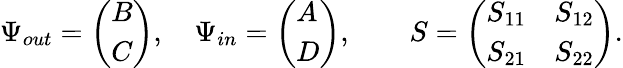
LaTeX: \Psi_{out}={\left(\begin{array}{l}{B}\\ {C}\end{array}\right)},\quad\Psi_{in}={\left(\begin{array}{l}{A}\\ {D}\end{array}\right)},\qquad S={\left(\begin{array}{ll}{S_{11}}&{S_{12}}\\ {S_{21}}&{S_{22}}\end{array}\right)}.